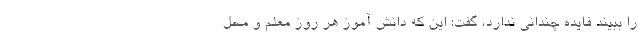
را ببیند فایده چندانی ندارد، گفت: این که دانش آموز هر روز معلم و محل